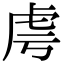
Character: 𧆜